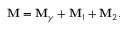
{ \bf \cal M } = { \bf \cal M } _ { \gamma } + { \bf \cal M } _ { 1 } + { \bf \cal M } _ { 2 } .